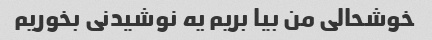
خوشحالی من بیا بریم یه نوشیدنی بخوریم